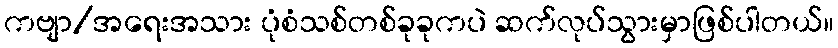
ကဗျာ/အရေးအသား ပုံစံသစ်တစ်ခုခုကပဲ ဆက်လုပ်သွားမှာဖြစ်ပါတယ်။